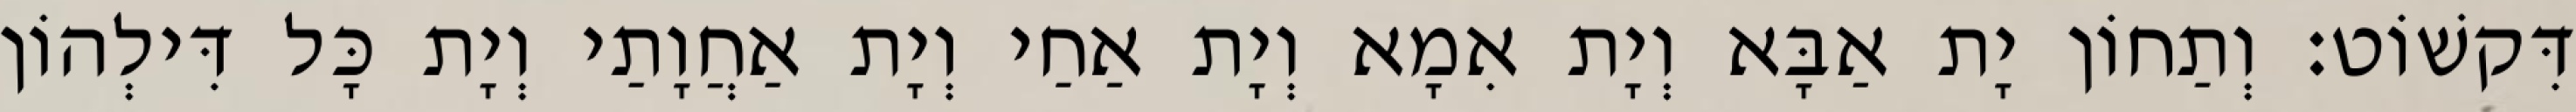
דִּקשׁוֹט׃ וְתַחוֹן יָת אַבָּא וְיָת אִמָא וְיָת אַחַי וְיָת אַחֲוָתַי וְיָת כָּל דִּילְהוֹן